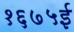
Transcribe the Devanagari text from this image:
१६७५ई